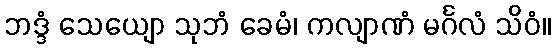
ဘဒ္ဒံ သေယျော သုဘံ ခေမံ၊ ကလျာဏံ မင်္ဂလံ သိဝံ။